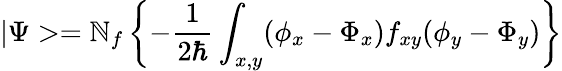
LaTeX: |\Psi>=\mathbb{N}_{f}\left\{ -\frac{1}{{2\hbar}}\int_{x,y}(\phi_{x}-\Phi_{x})f_{xy}(\phi_{y}-\Phi_{y})\right\}